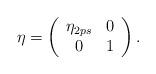
LaTeX: \begin{align*}\eta=\left(\begin{array}{cc}\eta_{2ps} &0\\0&1\end{array}\right).\end{align*}